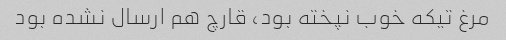
مرغ تیکه خوب نپخته بود، قارچ هم ارسال نشده بود